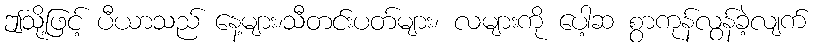
ဤသို့ဖြင့် ပီယာသည် နေ့များ၊သီတင်းပတ်များ၊ လများကို ပေါ့ဆ စွာကုန်လွန်ခဲ့လျက်